Indian journal of veterinary science and animal husbandry - Volume 8,
Year: 1938
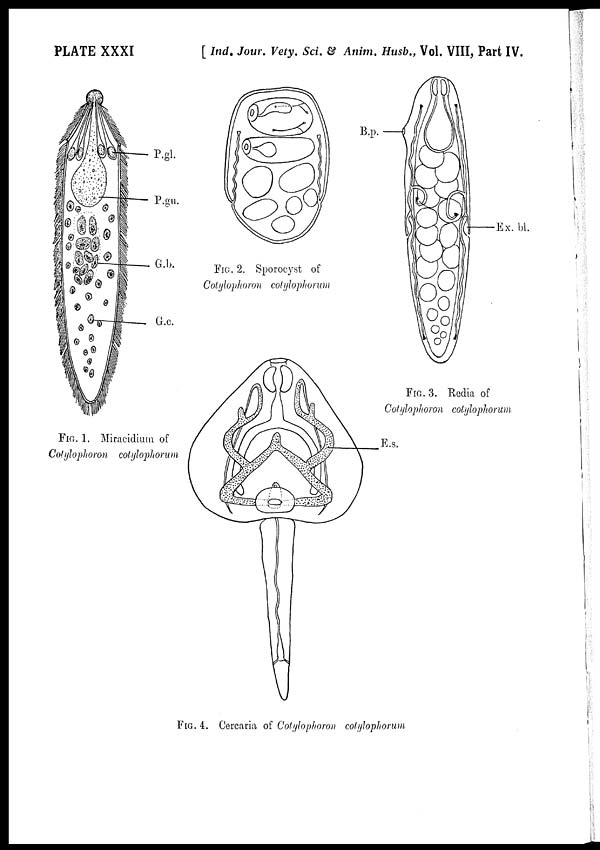
PLATE XXXI
[ Ind. Jour. Vety. Sci. & Anim. Husb., Vol. VIII, Part IV.
FIG. 1. Miracidium of
Cotylophoron cotylophorum
FIG. 2. Sporocyst of
Cotylophoron cotylophorum
FIG, 3. Redia of
Cotylophoron cotylophorum
FIG. 4. Cercaria of Cotylophoron cotylophorum